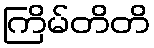
ကြိမ်တိတိ